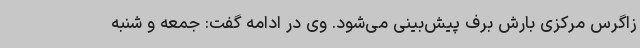
زاگرس مرکزی بارش برف پیش‌بینی می‌شود. وی در ادامه گفت: جمعه و شنبه